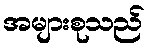
အများစုသည်